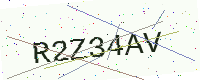
Text: R2Z34AV